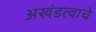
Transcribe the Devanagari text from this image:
अखंडत्वाचे